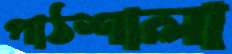
পাঠশালা